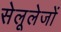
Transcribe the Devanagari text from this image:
सेलूलेजों